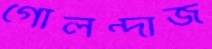
গোলন্দাজ